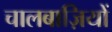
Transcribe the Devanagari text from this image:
चालबाज़ियों